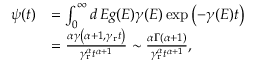
\begin{array} { r l } { \psi ( t ) } & { = \int _ { 0 } ^ { \infty } d \, E g ( E ) \gamma ( E ) \exp \left( - \gamma ( E ) t \right) } \\ & { = \frac { \alpha \gamma \left( \alpha + 1 , \gamma _ { \mathrm { r } } t \right) } { \gamma _ { \mathrm { r } } ^ { \alpha } t ^ { \alpha + 1 } } \sim \frac { \alpha \Gamma \left( \alpha + 1 \right) } { \gamma _ { \mathrm { r } } ^ { \alpha } t ^ { \alpha + 1 } } , } \end{array}